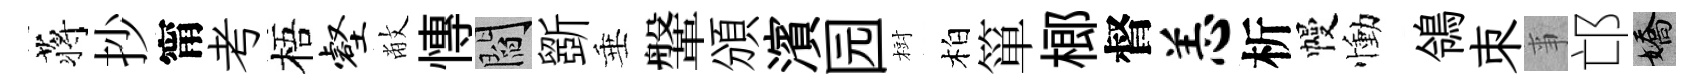
蒋抄甯考梧壑敝慱閻斵垂鞶頒濱园𣗳柏箪榔督恙析幔慟鴒朿亊邙嬌